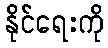
နိုင်ရေးကို